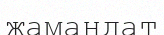
жамандат